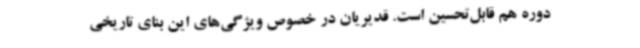
دوره هم قابل‌تحسین است. قدیریان در خصوص ویژگی‌های این بنای تاریخی